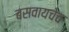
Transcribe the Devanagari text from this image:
बसवायचेच